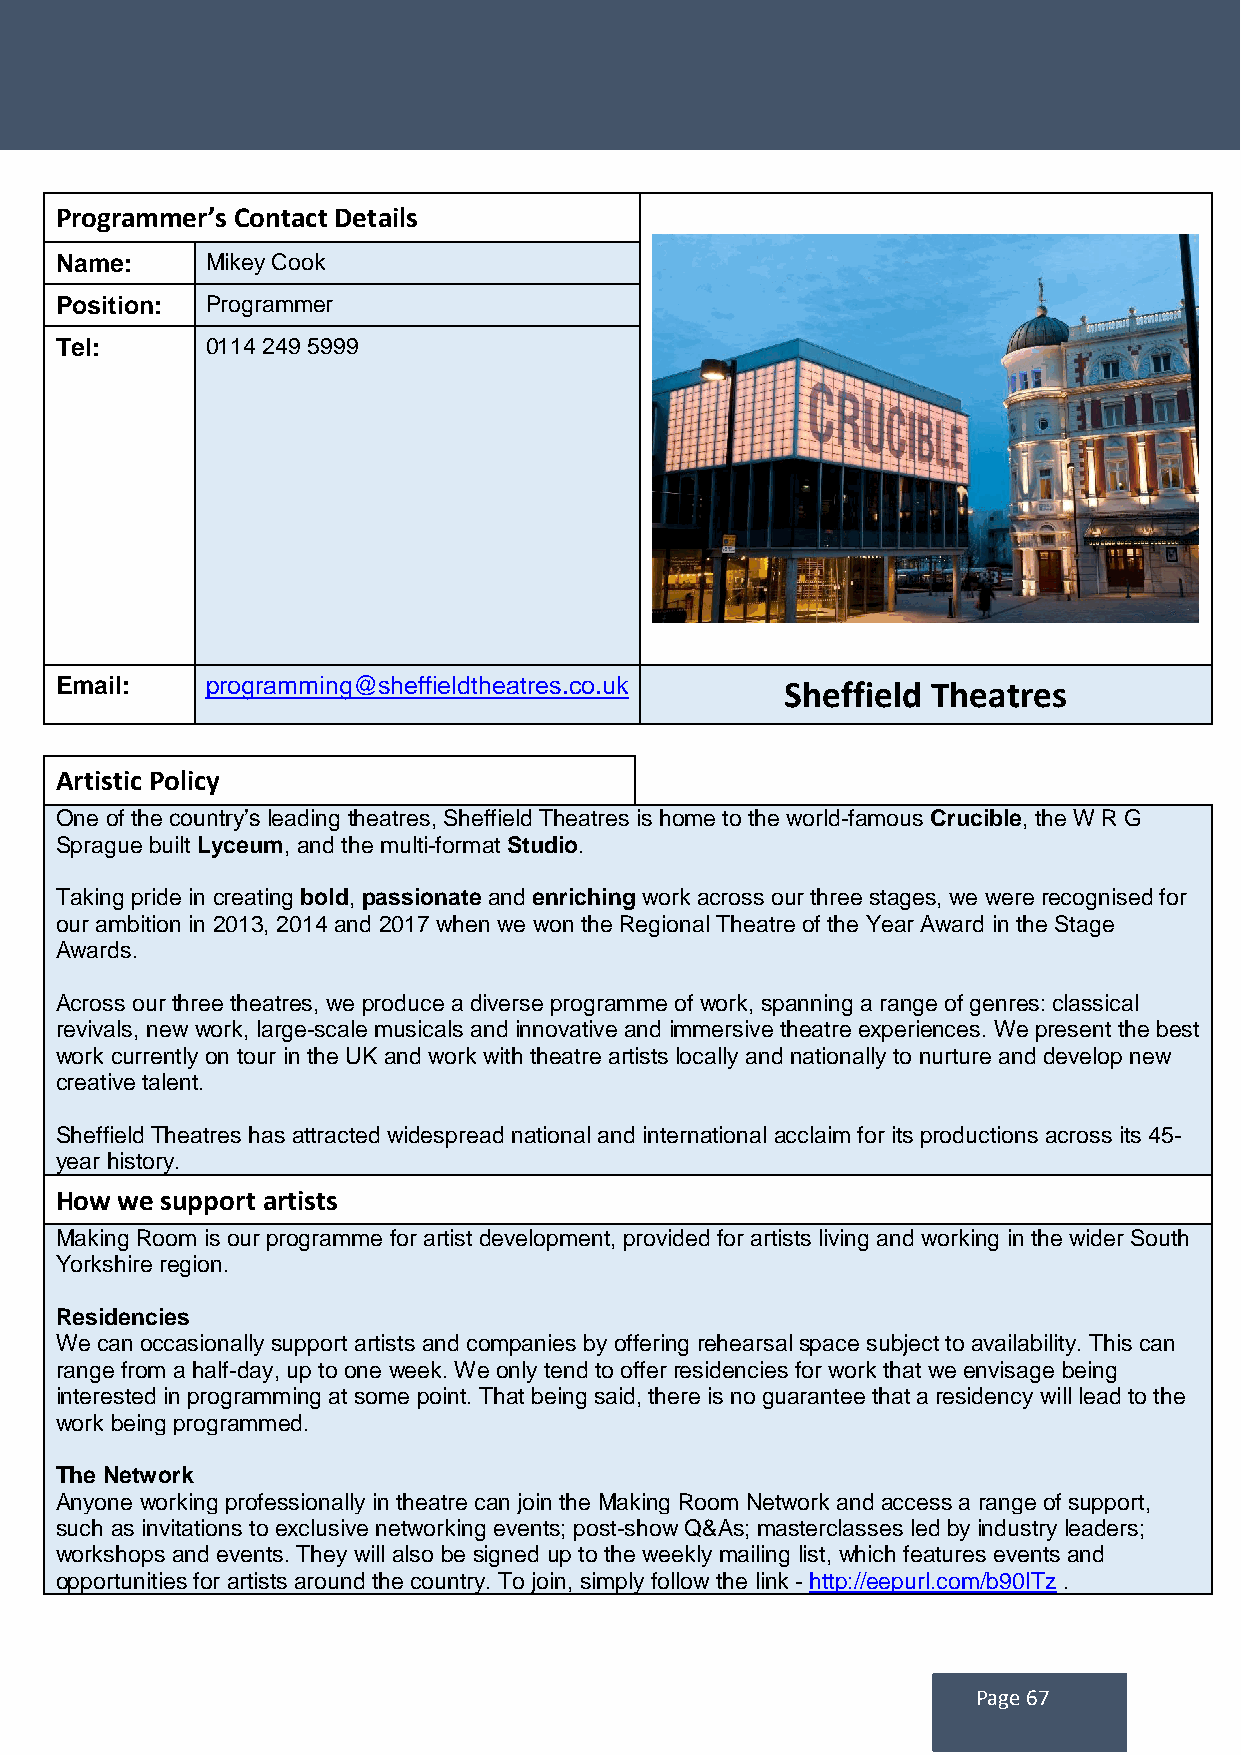
Programmer’s Contact Details
 Name:     Mikey Cook
 Position: Programmer
 Tel:      0114 249 5999
 Email:    programming@sheffieldtheatres.co.uk   Sheffield Theatres
 Artistic Policy
 One of the country’s leading theatres, Sheffield Theatres is home to the world-famous Crucible, the W R G
 Sprague built Lyceum, and the multi-format Studio.
 Taking pride in creating bold, passionate and enriching work across our three stages, we were recognised for
 our ambition in 2013, 2014 and 2017 when we won the Regional Theatre of the Year Award in the Stage
 Awards.
 Across our three theatres, we produce a diverse programme of work, spanning a range of genres: classical
 revivals, new work, large-scale musicals and innovative and immersive theatre experiences. We present the best
 work currently on tour in the UK and work with theatre artists locally and nationally to nurture and develop new
 creative talent.
 Sheffield Theatres has attracted widespread national and international acclaim for its productions across its 45-
 year history.
 How we support artists
 Making Room is our programme for artist development, provided for artists living and working in the wider South
 Yorkshire region.
 Residencies
 We can occasionally support artists and companies by offering rehearsal space subject to availability. This can
 range from a half-day, up to one week. We only tend to offer residencies for work that we envisage being
 interested in programming at some point. That being said, there is no guarantee that a residency will lead to the
 work being programmed.
 The Network
 Anyone working professionally in theatre can join the Making Room Network and access a range of support,
 such as invitations to exclusive networking events; post-show Q&As; masterclasses led by industry leaders;
 workshops and events. They will also be signed up to the weekly mailing list, which features events and
 opportunities for artists around the country. To join, simply follow the link - http://eepurl.com/b90ITz .
 Page 67